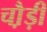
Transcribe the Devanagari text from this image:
चौ़ड़ी